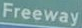
Freeway